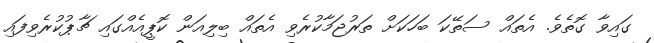
ގައިވާ ގޮތެވެ. އެތައް ސަތޭކަ ބަހަކަށް ތަރުޖަމާކުރެވި އެތައް ބިލިއަން ކޮޕީއެއްގައި ޗާޕުކުރެވިފައި